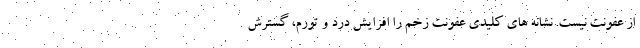
از عفونت نیست. نشانه های کلیدی عفونت زخم را افزایش درد و تورم، گسترش